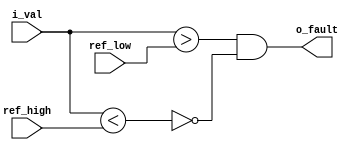
///////////////////////////////////////////////////////////////////////////////
 // Module: comparator.v
 // Description: generic comparator with hysterisis used for protection features
///////////////////////////////////////////////////////////////////////////////
module comparator
#
(
    parameter N = 8
)
(
    input i_val,
    input [N-1:0] ref_high,
    input [N-1:0] ref_low,
    output o_fault
);

    assign over_low = i_val > ref_low;
    assign under_high = i_val < ref_high;
    assign o_fault = over_low && ~(under_high);

endmodule